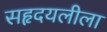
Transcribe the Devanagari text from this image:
सहृदयलीला